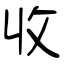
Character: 收